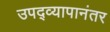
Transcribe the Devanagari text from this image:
उपद्व्यापानंतर